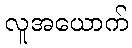
လူအယောက်